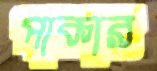
পাকার